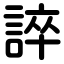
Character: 誶